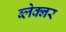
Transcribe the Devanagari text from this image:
ब्लेक्नर